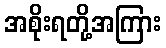
အစိုးရတို့အကြား